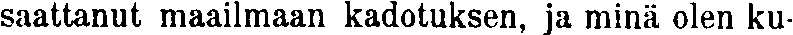
saattanut maailmaan kadotuksen, ja minä olen ku-